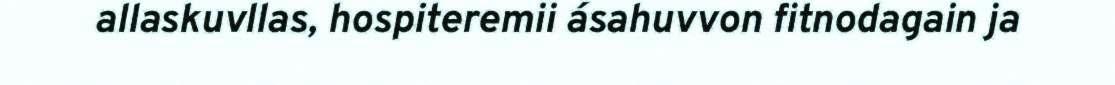
allaskuvllas, hospiteremii ásahuvvon fitnodagain ja